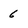
Character: 6